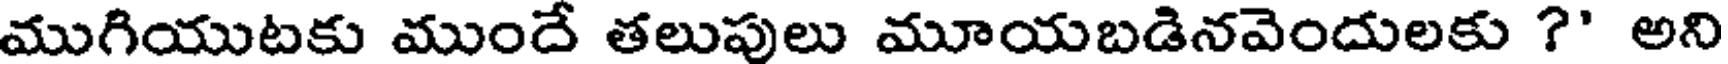
ముగియుటకు ముందే తలుపులు మూయబడినవెందులకు ?' అని